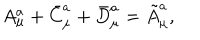
A _ { \mu } ^ { a } + \bar { C } _ { \mu } ^ { a } + \bar { D } _ { \mu } ^ { a } = \tilde { A } _ { \mu } ^ { a } ,